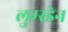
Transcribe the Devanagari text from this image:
लुम्स्डेन